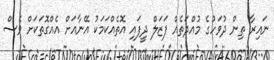
ނައިރާ ތިން ދުވަހުގެ މުއްދަތެއް ފަޒަލް ދީފައި އޮތެއްކަމަކު އޭނާއަށް އެއްގޮތަކަށް ވެސް